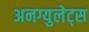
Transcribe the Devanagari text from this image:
अनग्युलेट्स